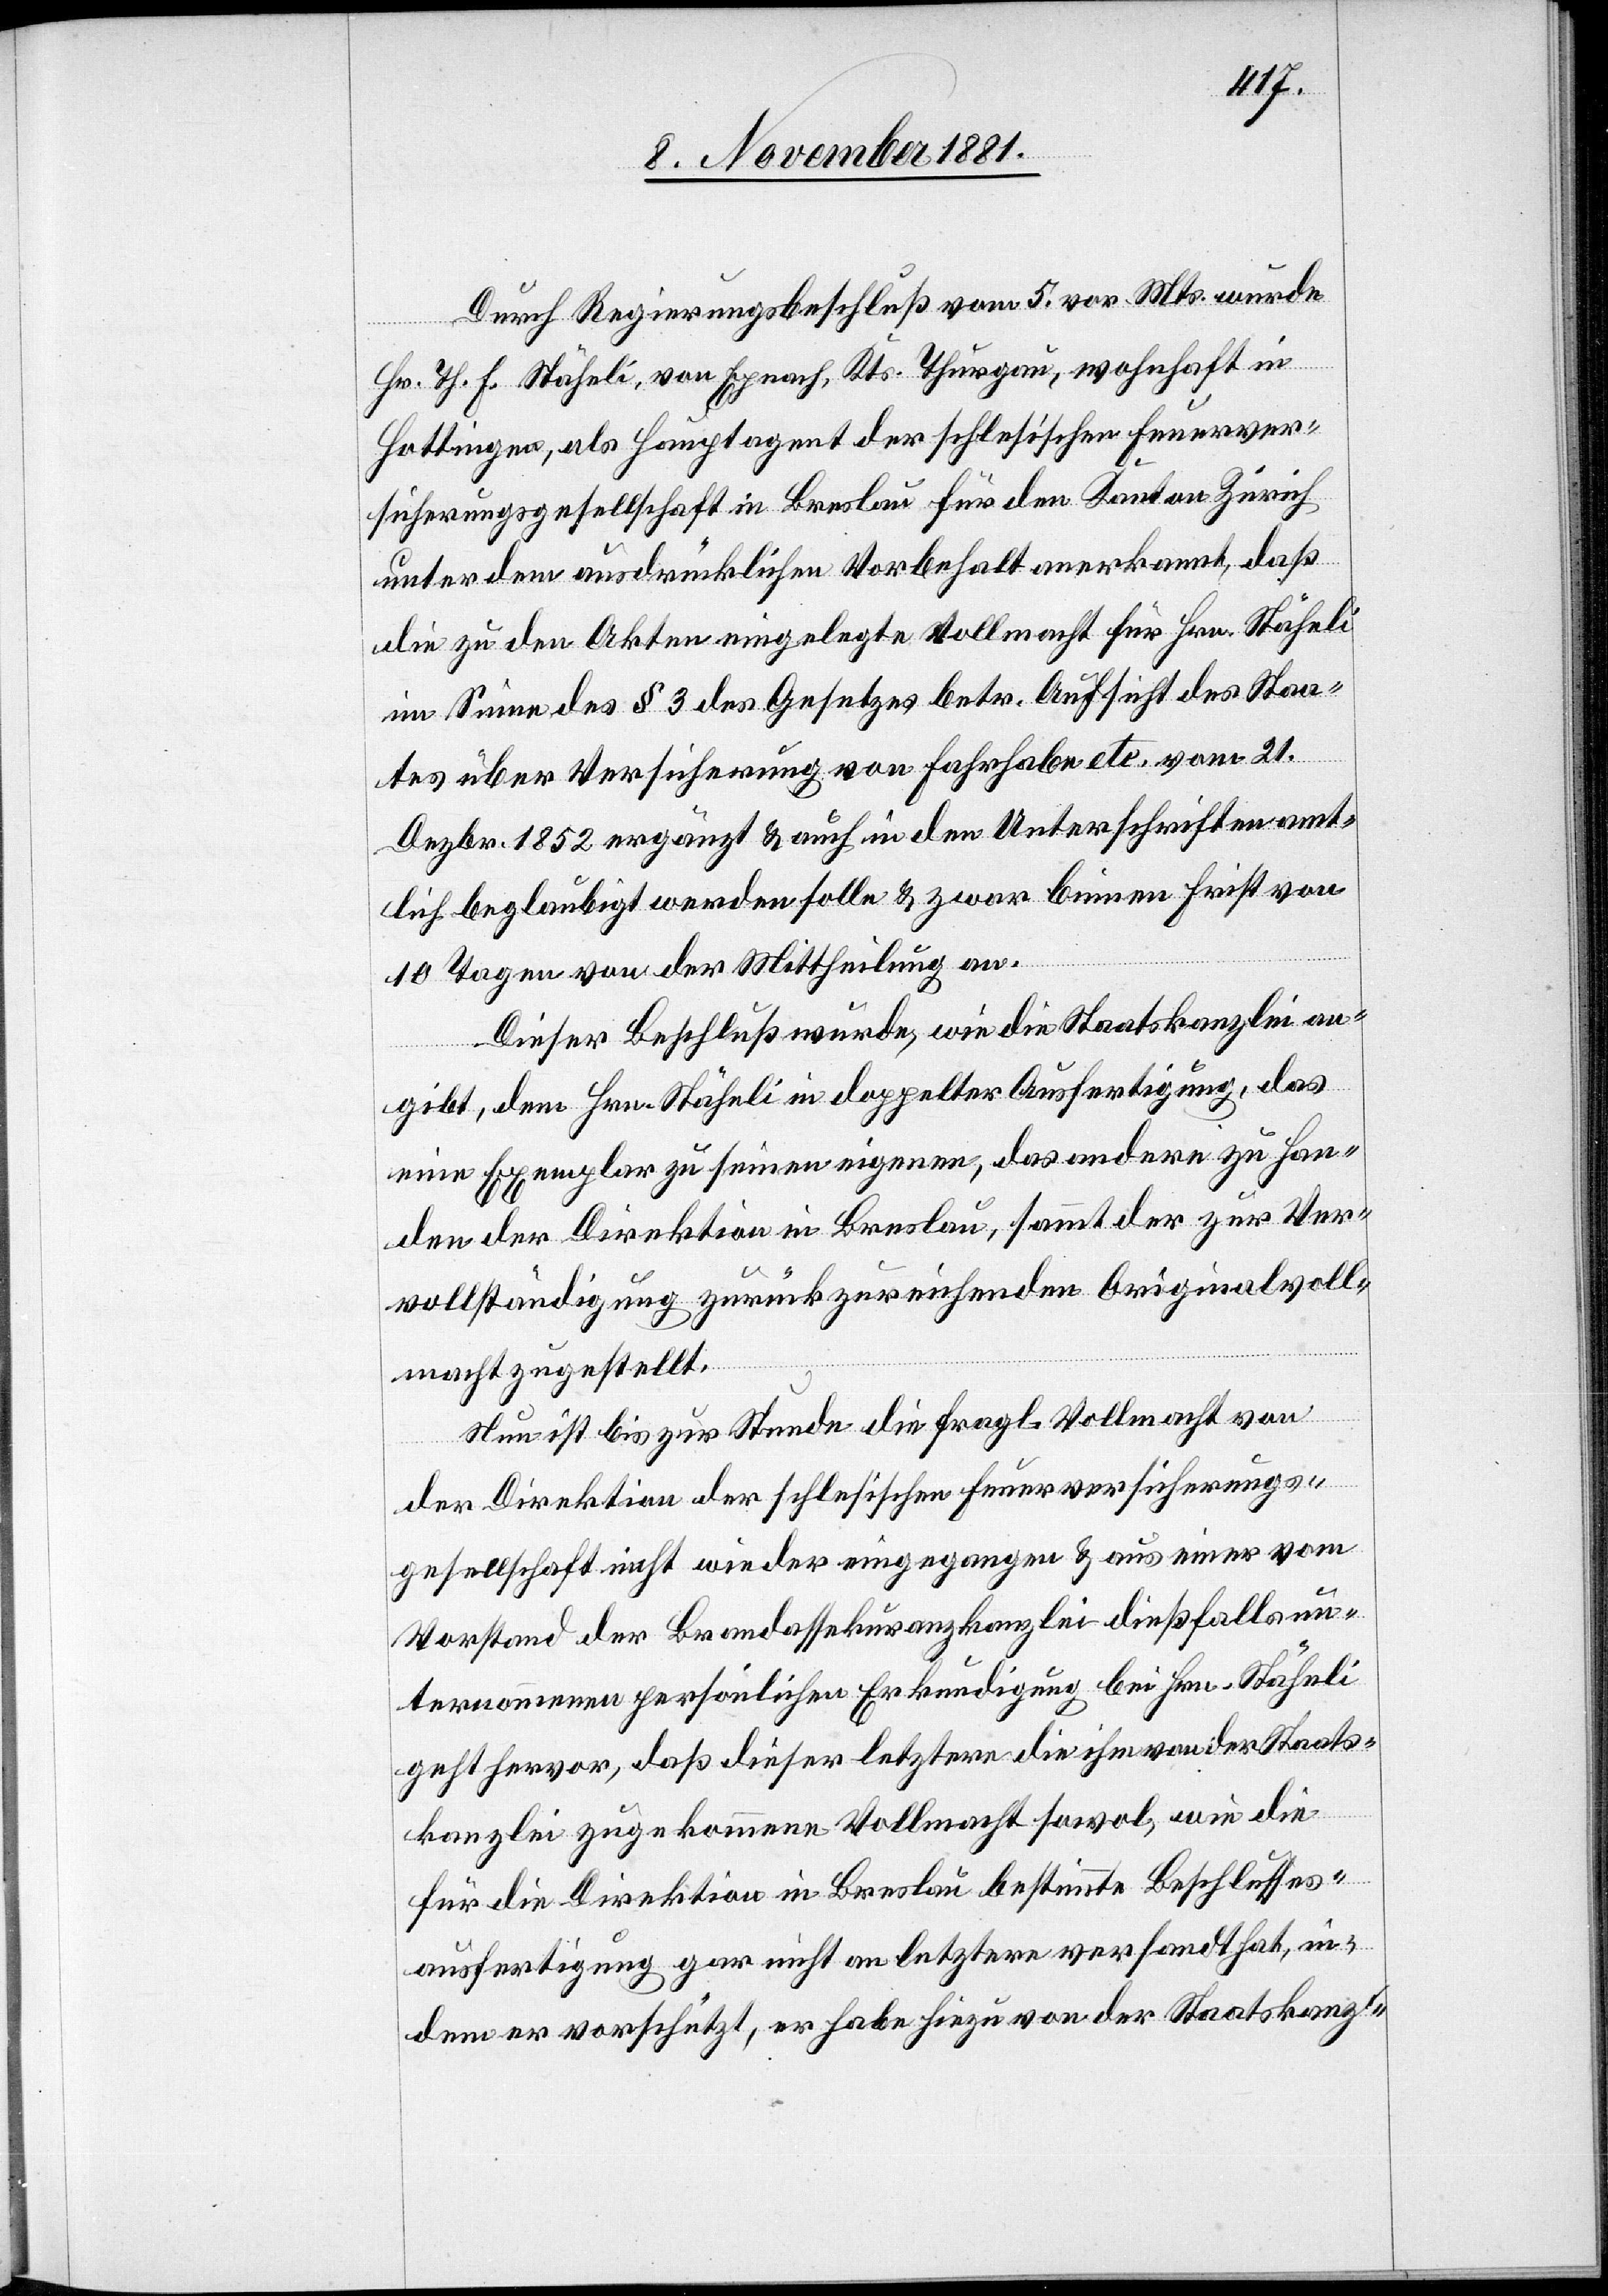
Durch Regierungsbeschluß vom 5. vor. Mts. wurde
Hr. Th. F. Stäheli [sic!], von Epnach, Kts. Thurgau, wohnhaft in
Hottingen, als Hauptagent der schlesischen Feuerver¬
sicherungsgesellschaft in Breslau für den Kanton Zürich
unter dem ausdrücklichen Vorbehalt anerkannt, daß
die zu den Akten eingelegte Vollmacht für Hrn. Stäheli
im Sinne des § 3 des Gesetzes betr. Aufsicht des Staa¬
tes über Versicherung von Fahrhabe etc. vom 21.
Dezbr. 1852 ergänzt & auch in den Unterschriften amt¬
lich beglaubigt werden solle & zwar binnen Frist von
10 Tagen von der Mittheilung an.
Dieser Beschluß wurde, wie die Staatskanzlei an¬
gibt, dem Hrn. Stäheli in doppelter Ausfertigung, das
eine Exemplar zu seinen eigenen, das andere zu Han¬
den der Direktion in Breslau, sammt der zur Ver¬
vollständigung zurückzureichenden Originalvoll¬
macht zugestellt.
Nun ist bis zur Stunde die fragl. Vollmacht von
der Direktion der schlesischen Feuerversicherungs¬
gesellschaft nicht wieder eingegangen & aus einer vom
Vorstand der Brandassekuranzkanzlei dießfalls un¬
ternommenen persönlichen Erkundigung bei Hrn. Stäheli
geht hervor, daß dieser letztere die ihm von der Staats¬
kanzlei zugekommene Vollmacht sowol, wie die
für die Direktion in Breslau bestimmte Beschlusses¬
ausfertigung gar nicht an letztern versandt hat, in¬
dem er vorschützt, er habe hiezu von der Staatskanz-